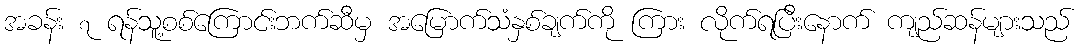
အခန်း ၇ ရန်သူ့စစ်ကြောင်းဘက်ဆီမှ အမြောက်သံနှစ်ချက်ကို ကြား လိုက်ရပြီးနောက် ကျည်ဆန်များသည်